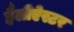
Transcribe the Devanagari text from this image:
हैलीऐस्टर